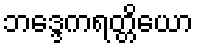
ဘဒ္ဒေကရတ္တိယော